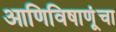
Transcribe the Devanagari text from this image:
आणिविषाणूंचा